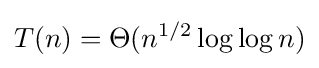
T(n)=\Theta (n^{1/2}\log \log n)